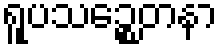
ရူပသဉ္စေတနာ